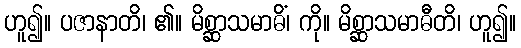
ဟူ၍။ ပဇာနာတိ၊ ၏။ မိစ္ဆာသမာဓိံ၊ ကို။ မိစ္ဆာသမာဓီတိ၊ ဟူ၍။